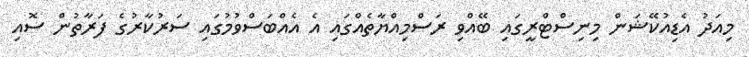
މިއަދު އެޑިއުކޭޝަން މިނިސްޓްރީގައި ބޭއްވި ރަސްމިއްޔާތެއްގައި އެ އެއްބަސްވުމުގައި ސަރުކާރުގެ ފަރާތުން ސޮއި